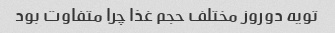
تویه دوروز مختلف حجم غذا چرا متفاوت بود